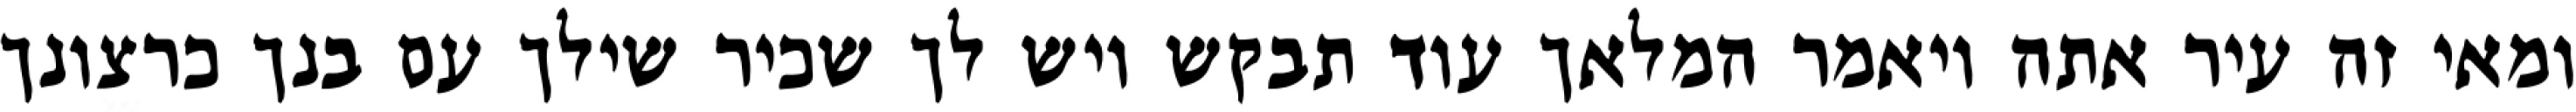
ומאי זה עיר אתה ויאמר המלאך עוד תבקש ויש לך שכיר שילך עם בנך כרצונך